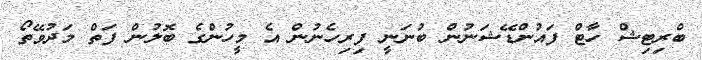
ބްރިޓިޝް ހާޓް ފައުންޑޭޝަނުން ބުނަނީ ފިރިހެނުން އެ މީހުންގެ ބޮލުން ފަތް މަދުވޭތޯ